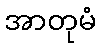
အာတုမံ